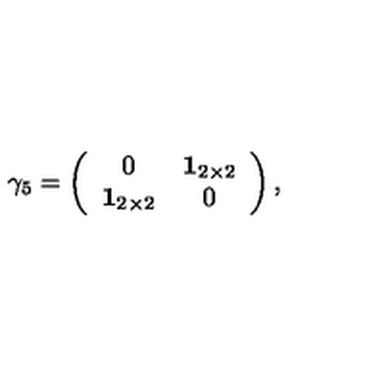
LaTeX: \gamma _ { 5 } = \left( \begin{array} { c c } { 0 } & { { \mathbf 1 } _ { 2 \times 2 } } \\ { { \mathbf 1 } _ { 2 \times 2 } } & { 0 } \\ \end{array} \right) ,